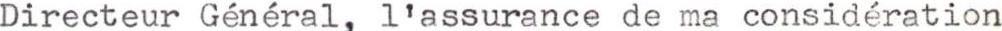
Directeur Général, l'assurance de ma considération